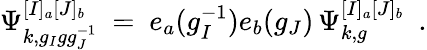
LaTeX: \Psi_{k,g_{I}gg_{J}^{-1}}^{[I]_{a}[J]_{b}}\ =\ e_{a}(g_{I}^{-1})e_{b}(g_{J})\, \Psi_{k,g}^{[I]_{a}[J]_{b}}\ \ .